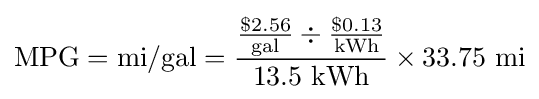
{\text{MPG}}={\text{mi}}/{\text{gal}}={{\$2.56 \over {\text{gal}}}\div {\$0.13 \over {\text{kWh}}} \over 13.5~{\text{kWh}}}\times 33.75~{\text{mi}}